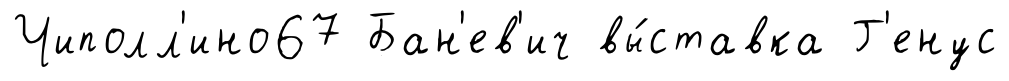
Чиполл'ино67 Бан'ев'ич вы́ставка Г'енус